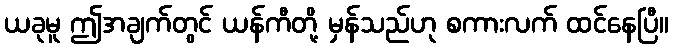
ယခုမူ ဤအချက်တွင် ယန်ကီတို့ မှန်သည်ဟု စကားလက် ထင်နေပြီ။